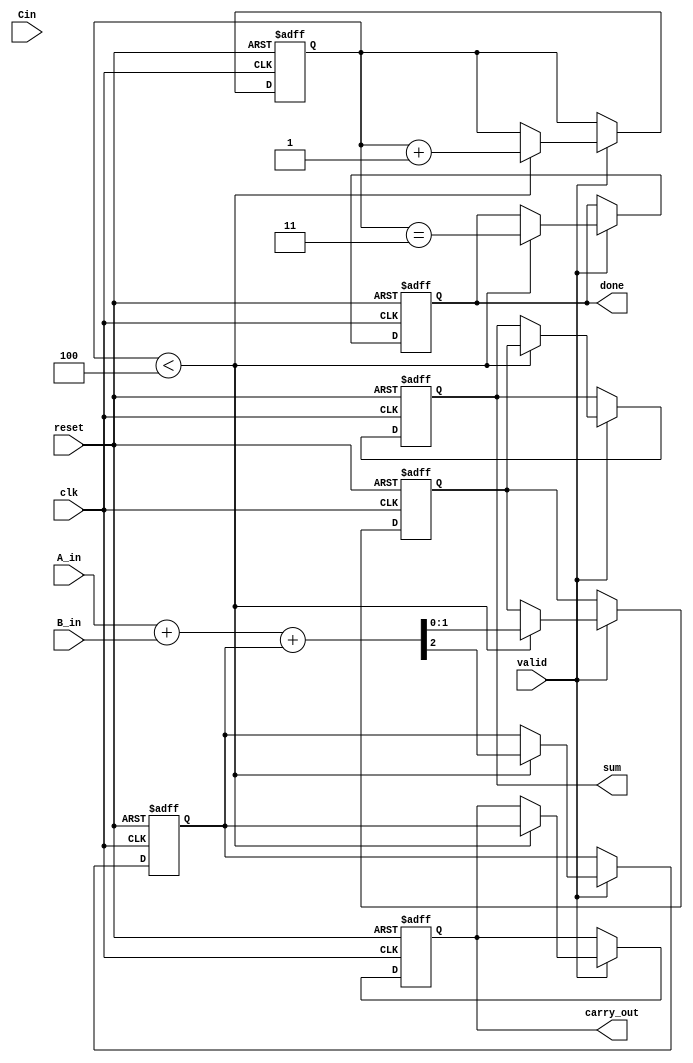
module carry_save_adder_serial (
    input wire clk,          // Clock signal
    input wire reset,        // Reset signal
    input wire A_in,        // Serial input for operand A
    input wire B_in,        // Serial input for operand B
    input wire Cin,         // Carry input
    input wire valid,       // Indicates when new bits are valid
    output reg [1:0] sum,   // Sum output (2 bits to accommodate carry)
    output reg carry_out,    // Carry output
    output reg done         // Indicates when the addition is complete
);

    reg [1:0] current_sum;  // Current sum
    reg carry;              // Current carry
    reg [2:0] bit_count;    // Bit counter

    // State machine for processing bits
    always @(posedge clk or posedge reset) begin
        if (reset) begin
            current_sum <= 2'b00;
            carry <= 1'b0;
            bit_count <= 3'b000;
            sum <= 2'b00;
            carry_out <= 1'b0;
            done <= 1'b0;
        end else if (valid) begin
            // Process the incoming bits
            if (bit_count < 3'b100) begin // Assuming 4 bits for A and B
                // Calculate sum and carry
                {carry, current_sum} <= A_in + B_in + carry;

                // Update outputs
                sum <= current_sum;
                carry_out <= carry;

                // Increment bit counter
                bit_count <= bit_count + 1;
                done <= (bit_count == 3'b011); // Set done when 4 bits processed
            end
        end
    end
endmodule